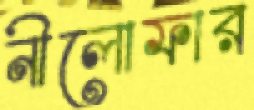
নীলোফার